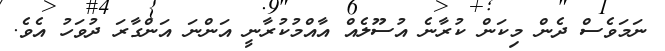
ނަމަވެސް ދެން މިކަން ކުރާނެ އުސޫލެއް އާއްމުކުރާނީ އަންނަ އަންގާރަ ދުވަހު އެވެ.